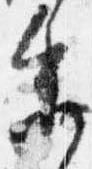
参